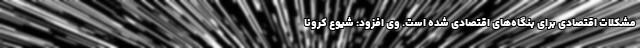
مشکلات اقتصادی برای بنگاه‌های اقتصادی شده است. وی افزود: شیوع کرونا